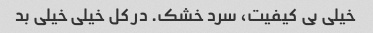
خیلی بی کیفیت، سرد خشک. در کل خیلی خیلی بد